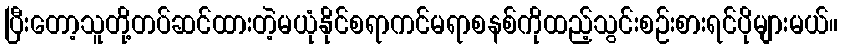
ပြီးတော့သူတို့တပ်ဆင်ထားတဲ့မယုံနိုင်စရာကင်မရာစနစ်ကိုထည့်သွင်းစဉ်းစားရင်ပိုများမယ်။